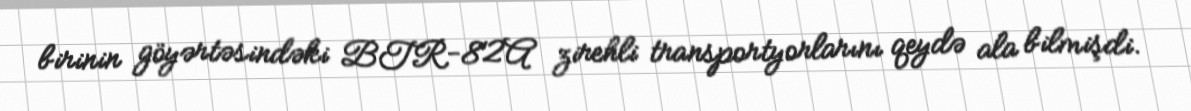
birinin göyərtəsindəki BTR-82A zirehli transportyorlarını qeydə ala bilmişdi.